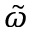
\tilde { \omega }